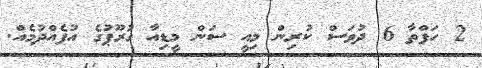
2 ހަފްތާ 6 ދުވަސް ކުރިން މިއީ ސަން މީޑިއާ ގުރޫޕުގެ އުފެއްދުމެއް.